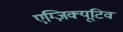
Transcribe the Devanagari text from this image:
एग्ज़िक्यूटिव